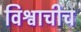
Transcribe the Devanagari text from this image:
विश्वाचीच